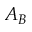
A _ { B }